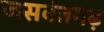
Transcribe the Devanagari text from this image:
जसवंतगढ़